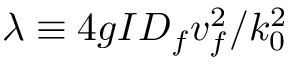
\lambda \equiv 4 g I D _ { f } v _ { f } ^ { 2 } / k _ { 0 } ^ { 2 }